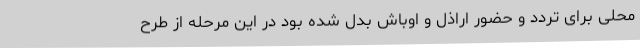
محلی برای تردد و حضور اراذل و اوباش بدل شده بود در این مرحله از طرح